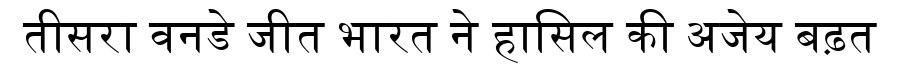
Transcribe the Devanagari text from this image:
तीसरा वनडे जीत भारत ने हासिल की अजेय बढ़त